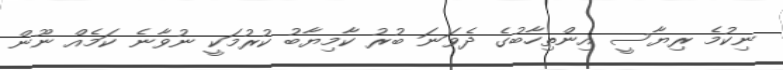
ނިކުމެ ރިޔާސީ އިންތިހާބުގެ ދެވަނަ ބުރު ކާމިޔާބު ކުރުމަކީ ނުވާނެ ކަމެއް ނޫން